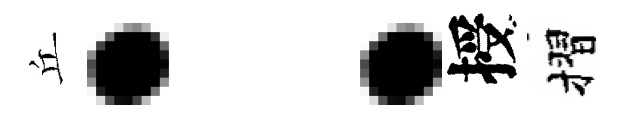
丘：授摺